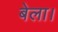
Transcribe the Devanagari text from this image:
बेला।